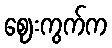
ဈေးကွက်က